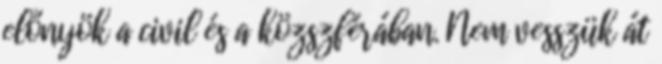
előnyök a civil és a közszférában. Nem vesszük át